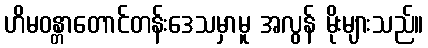
ဟိမဝန္တာတောင်တန်းဒေသမှာမူ အလွန် မိုးများသည်။